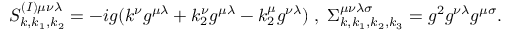
S _ { k , k _ { 1 } , k _ { 2 } } ^ { ( I ) \mu \nu \lambda } = - i g ( k ^ { \nu } g ^ { \mu \lambda } + k _ { 2 } ^ { \nu } g ^ { \mu \lambda } - k _ { 2 } ^ { \mu } g ^ { \nu \lambda } ) \; , \; \Sigma _ { k , k _ { 1 } , k _ { 2 } , k _ { 3 } } ^ { \mu \nu \lambda \sigma } = g ^ { 2 } g ^ { \nu \lambda } g ^ { \mu \sigma } .